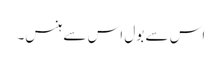
اس سے بول اس سے ہنس۔